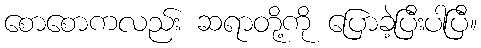
စောစောကလည်း ဆရာတို့ကို ပြောခဲ့ပြီးပါပြီ။